Parnu-Viljandi_kinnistusamet, lk 92
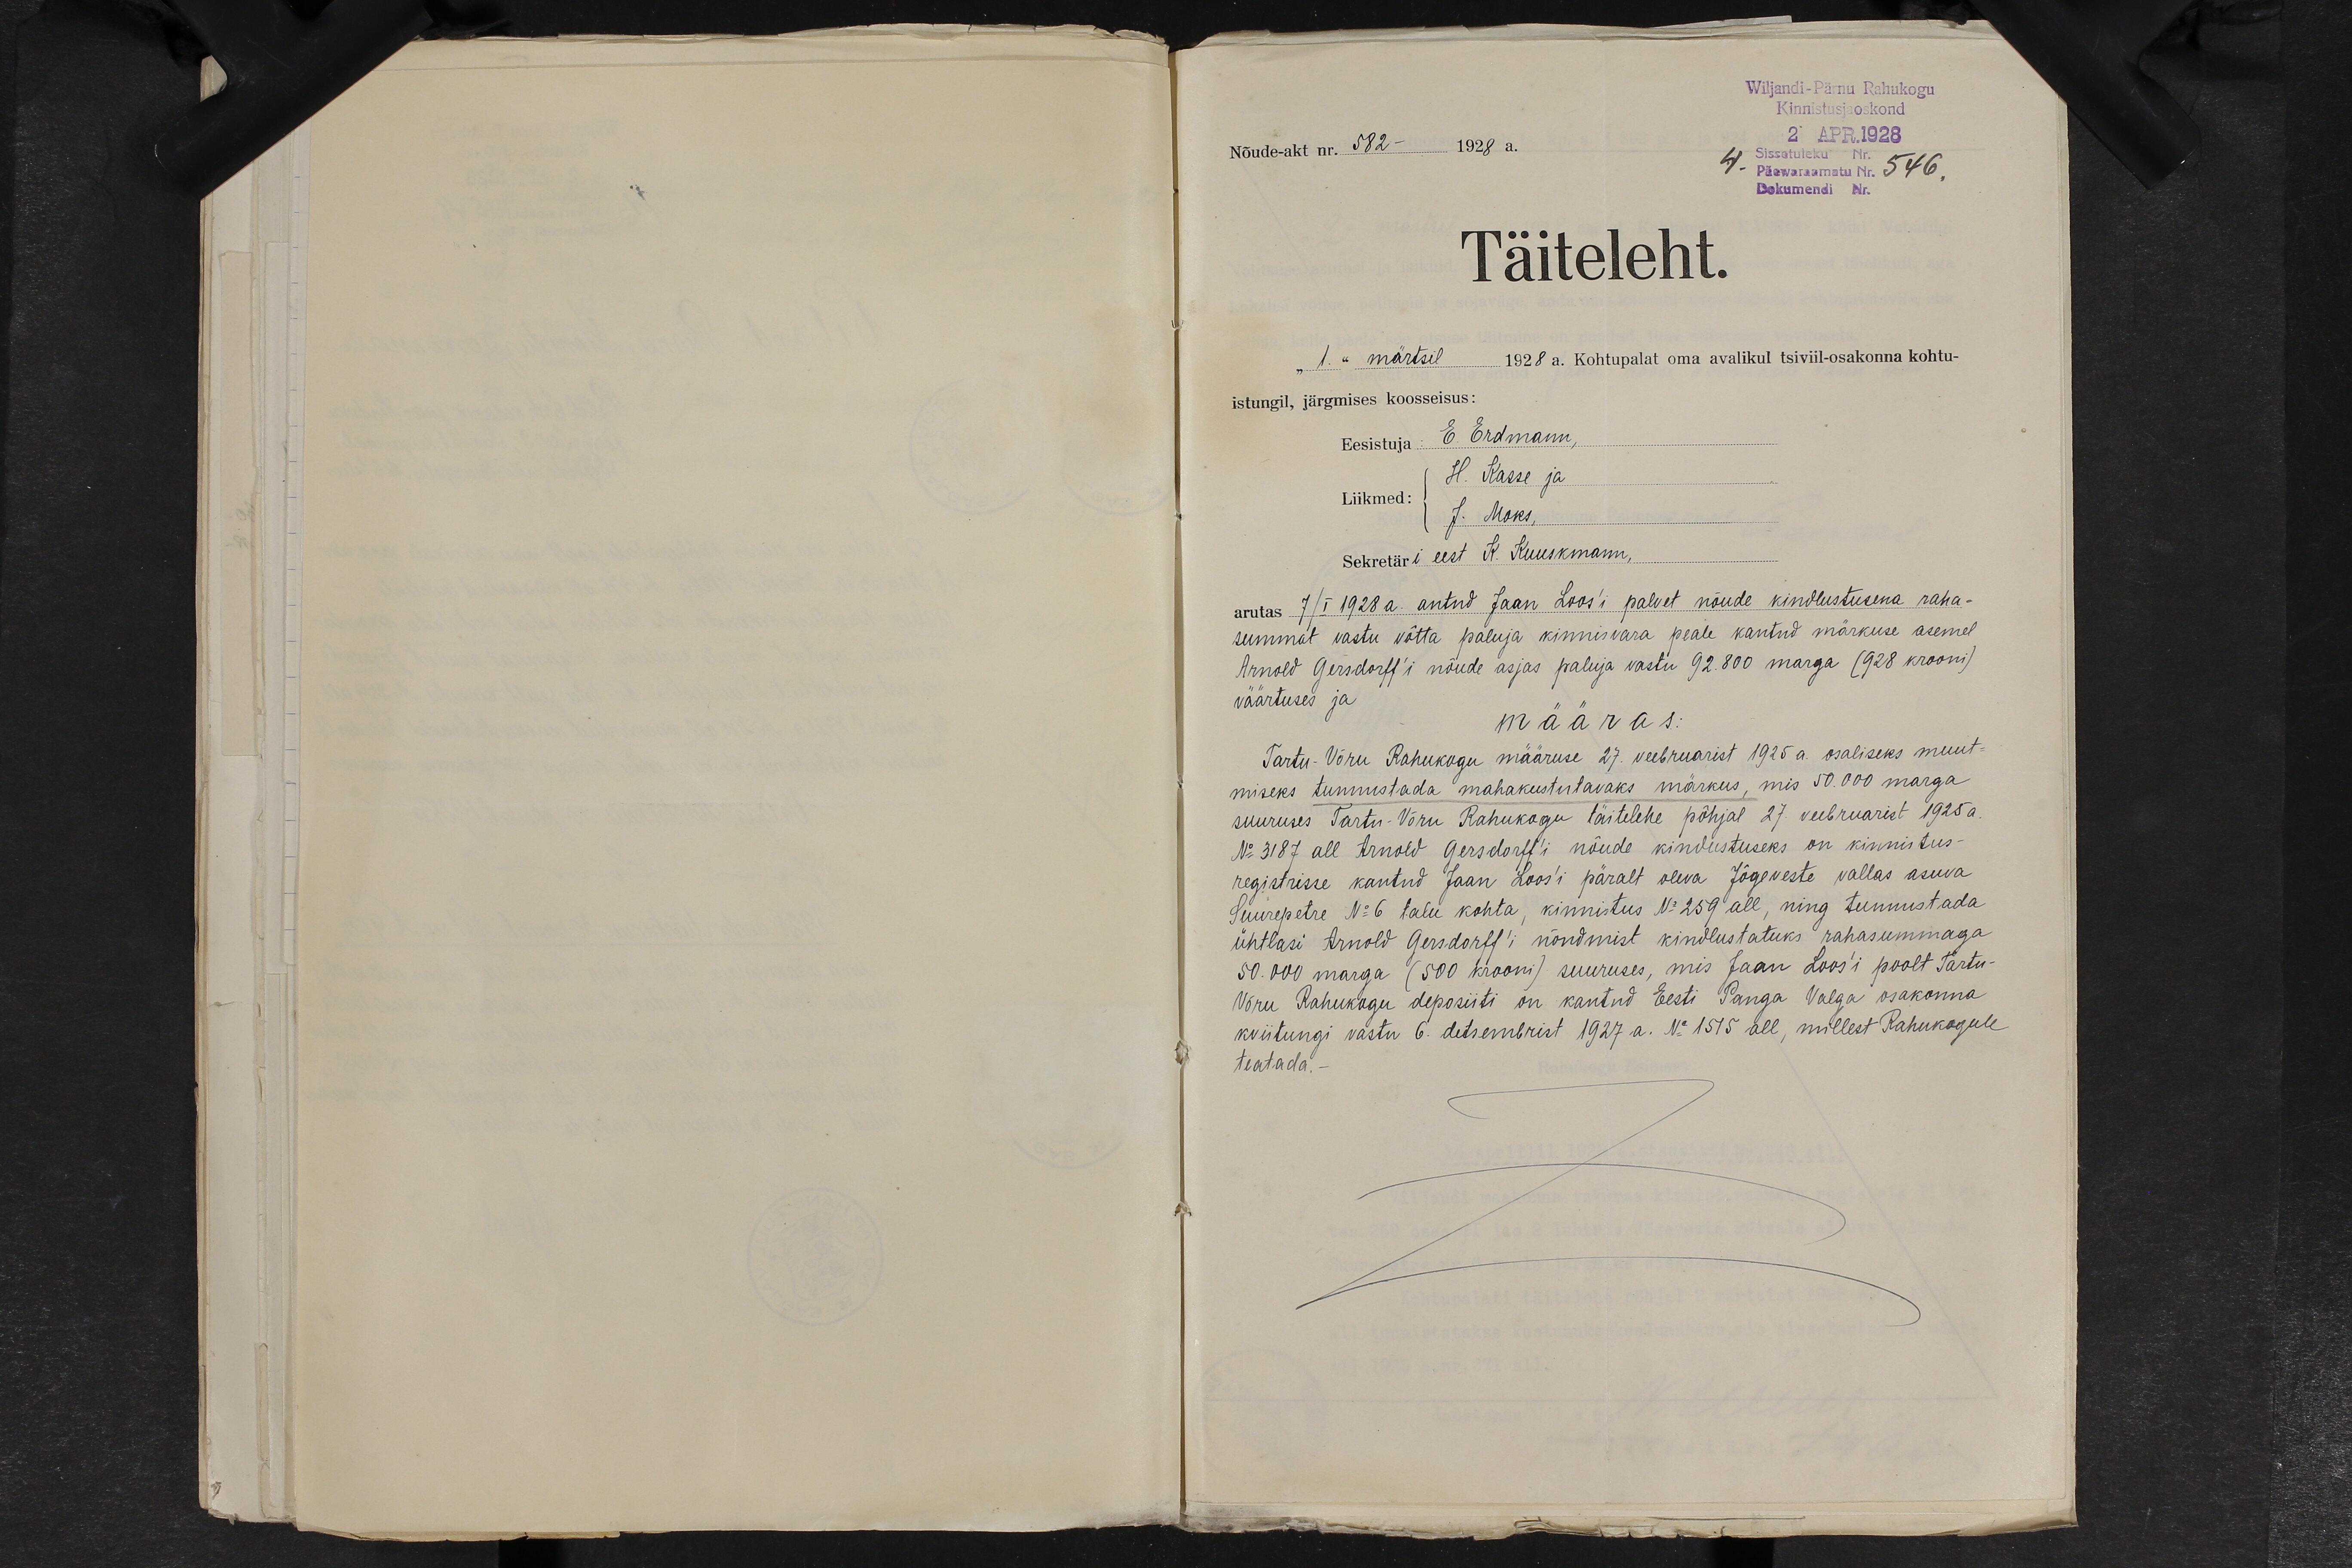
Wiljandi-Pärnu Rahukogu
Kinnistusjaoskond
2 APR. 1928
Sissetuleku Nr.
Päewaraamatu Nr. 546.
Dokumendi Nr.
Nõude-akt nr. 582 - 1928 a.
Täiteleht.
"1." märtsil 1928 a. Kohtupalat oma avalikul tsiviil-osakonna kohtu-
istungil, järgmises koosseisus:
Eesistuja: E. Erdmann,
H. Kasse ja
Liikmed:
J. Moks,
Sekretäri eest K. Kuuskmann,
arutas 7/I 1928 a. antud Jaan Loos'i palvet nõude kindlustusena raha-
summat vastu võtta paluja kinnisvara peale kantud märkuse asemel
Arnold Gersdorff'i nõude asjas paluja vastu 92.800 marga (928 krooni)
väärtuses ja
määras:
Tartu-Võru Rahukogu määruse 27. veebruarist 1925 a. osaliseks muut-
miseks tunnustada mahakustutavaks märkus, mis 50.000 marga
suuruses Tartu-Võru Rahukogu täitelehe põhjal 27. veebruarist 1925 a.
No 3187 all Arnold Gersdorff´i nõude kindustuseks on kinnistus-
registrisse kantud Jaan Loos'i päralt oleva Jõgeveste vallas asuva
Suurepetre No 6 talu kohta, kinnistus No 259 all, ning tunnustada
ühtlasi Arnold Gersdorff'i nõudmist kindlustatuks rahasummaga
50.000 marga (500 krooni) suuruses, mis Jaan Loos'i poolt Tartu-
Võru Rahukogu deposiiti on kantud Eesti Panga Valga osakonna
kviitungi vastu 6. detsembrist 1927 a. No 1515 all, millest Rahukogule
teatada. -